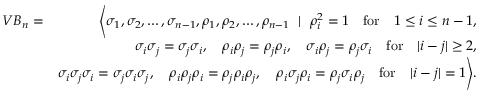
\begin{array} { r l r } & { V B _ { n } = } & { \Bigg \langle \sigma _ { 1 } , \sigma _ { 2 } , \ldots , \sigma _ { n - 1 } , \rho _ { 1 } , \rho _ { 2 } , \ldots , \rho _ { n - 1 } ~ \mid ~ \rho _ { i } ^ { 2 } = 1 \quad \mathrm { f o r } \quad 1 \leq i \leq n - 1 , } \\ & { } & { \sigma _ { i } \sigma _ { j } = \sigma _ { j } \sigma _ { i } , \quad \rho _ { i } \rho _ { j } = \rho _ { j } \rho _ { i } , \quad \sigma _ { i } \rho _ { j } = \rho _ { j } \sigma _ { i } \quad \mathrm { f o r } \quad | i - j | \ge 2 , } \\ & { } & { \sigma _ { i } \sigma _ { j } \sigma _ { i } = \sigma _ { j } \sigma _ { i } \sigma _ { j } , \quad \rho _ { i } \rho _ { j } \rho _ { i } = \rho _ { j } \rho _ { i } \rho _ { j } , \quad \rho _ { i } \sigma _ { j } \rho _ { i } = \rho _ { j } \sigma _ { i } \rho _ { j } \quad \mathrm { f o r } \quad | i - j | = 1 \Bigg \rangle . } \end{array}